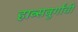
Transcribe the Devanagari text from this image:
हाब्सबुर्गांची